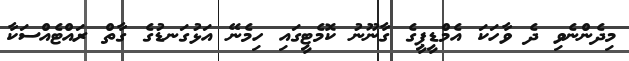
މިދެންނެވި ދެ ވާހަކަ އެމްޑީޕީގެ ގާނޫނު ކޮމެޓީގައި ހިމެނޭ އަޅުގަނޑުގެ ގާތް ރައްޓެއްސަކާ